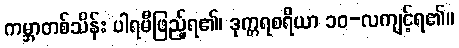
ကမ္ဘာတစ်သိန်း ပါရမီဖြည့်ရ၏၊ ဒုက္ကရစရိယာ ၁၀-လကျင့်ရ၏။